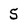
Character: 5